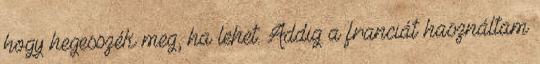
hogy hegesszék meg, ha lehet. Addig a franciát használtam